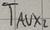
Text: TAUX,2